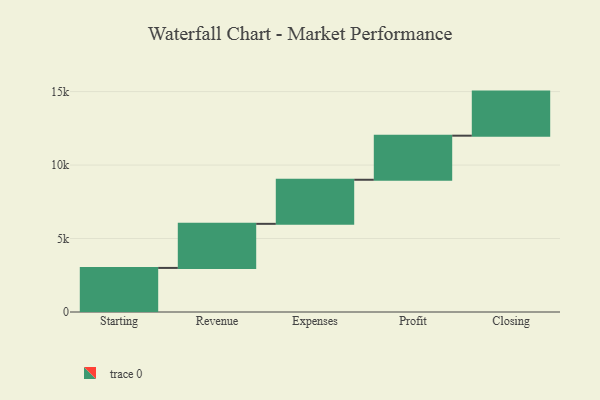
{"axis": {"x": "Step", "y": "Value"}, "legend": [""], "data": [{"x": "Starting", "y": 3000, "type": ""}, {"x": "Revenue", "y": 3000, "type": ""}, {"x": "Expenses", "y": 3000, "type": ""}, {"x": "Profit", "y": 3000, "type": ""}, {"x": "Closing", "y": 3000, "type": ""}]}